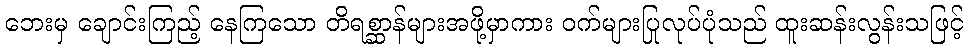
ဘေးမှ ချောင်းကြည့် နေကြသော တိရစ္ဆာန်များအဖို့မှာကား ဝက်များပြုလုပ်ပုံသည် ထူးဆန်းလွန်းသဖြင့်